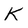
Character: K